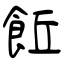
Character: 𩚨